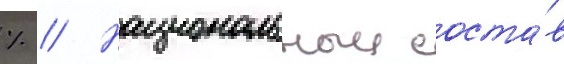
% // Национальныи соста́в